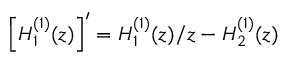
\left[ H _ { 1 } ^ { ( 1 ) } ( z ) \right] ^ { \prime } = H _ { 1 } ^ { ( 1 ) } ( z ) / z - H _ { 2 } ^ { ( 1 ) } ( z )